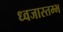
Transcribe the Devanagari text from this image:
ध्वजास्तम्भ